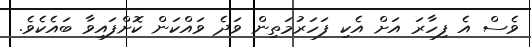
ވެސް އެ ފިހާރަ އަށް އެކި ފަހަރުމަތިން ވަދެ ވައްކަން ކޮށްފައިވާ ބައެކެވެ.